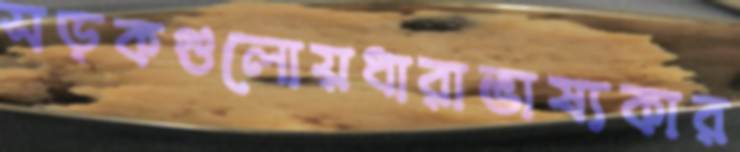
সড়কগুলোয়ধারাভাষ্যকার